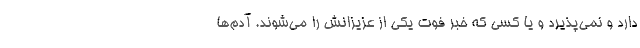
دارد و نمی‌پذیرد و یا کسی که خبر فوت یکی از عزیزانش را می‌شوند. آدم‌ها